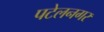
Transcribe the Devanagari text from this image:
पटेलनगर